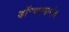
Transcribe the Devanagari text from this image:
डॉ॰परमानंद